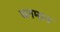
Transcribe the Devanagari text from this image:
घनमान